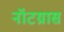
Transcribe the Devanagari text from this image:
नॉटग्रास